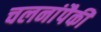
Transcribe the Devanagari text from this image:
चलनांपैकी